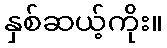
နှစ်ဆယ့်ကိုး။